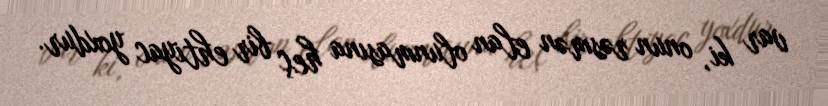
var ki, onun rəsmən elan olunmasına heç bir ehtiyac yoxdur.